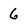
Character: 6